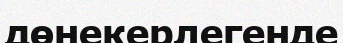
дөнекерлегенде